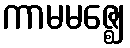
ကာမမဇ္ဈေ